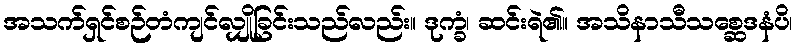
အသက်ရှင်စဉ်တံကျင်လျှိုခြင်းသည်လည်း။ ဒုက္ခံ၊ ဆင်းရဲ၏။ အသိနာသီသစ္ဆေဒနံပိ၊